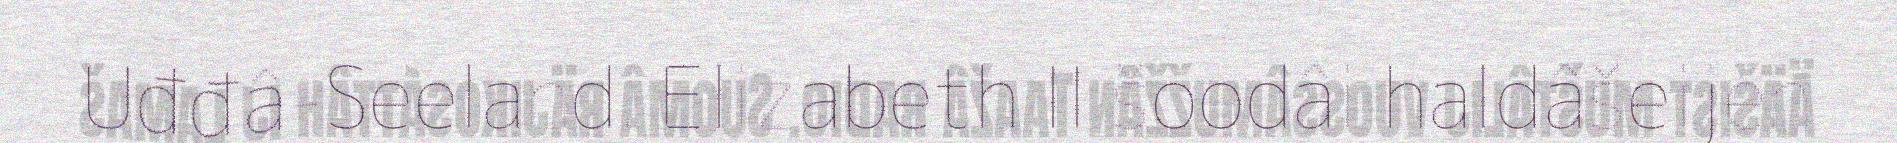
Uđđâ-Seeland. Elizabeth II šoodâi haldâšeijen